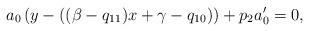
LaTeX: \begin{align*}a_0\left(y-\left((\beta-q_{11})x+\gamma-q_{10}\right)\right)+p_2a'_0=0,\end{align*}